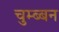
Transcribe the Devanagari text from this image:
चुम्ब्बन